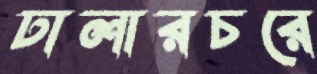
ঢালারচরে